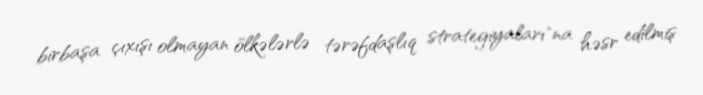
birbaşa çıxışı olmayan ölkələrlə tərəfdaşlıq strategiyaları"na həsr edilmiş